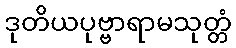
ဒုတိယပုဗ္ဗာရာမသုတ္တံ